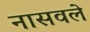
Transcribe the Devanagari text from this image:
नासवले